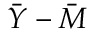
{ \bar { Y } } - { \bar { M } }